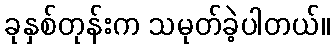
ခုနှစ်တုန်းက သမုတ်ခဲ့ပါတယ်။